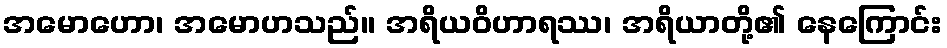
အမောဟော၊ အမောဟသည်။ အရိယဝိဟာရဿ၊ အရိယာတို့၏ နေကြောင်း